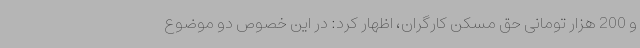
و 200 هزار تومانی حق مسکن کارگران، اظهار کرد: در این خصوص دو موضوع